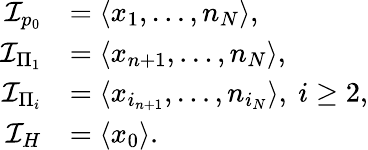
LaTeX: \begin{array}{rl}{\mathcal{I}_{p_{0}}}&{=\langle x_{1},\dots,n_{N}\rangle,}\\ {\mathcal{I}_{\Pi_{1}}}&{=\langle x_{n+1},\dots,n_{N}\rangle,}\\ {\mathcal{I}_{\Pi_{i}}}&{=\langle x_{i_{n+1}},\dots,n_{i_{N}}\rangle,\ i\ge 2,}\\ {\mathcal{I}_{H}}&{=\langle x_{0}\rangle.}\end{array}